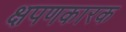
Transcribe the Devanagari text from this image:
क्षपणकारक